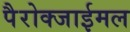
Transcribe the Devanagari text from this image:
पैरोक्जाईमल